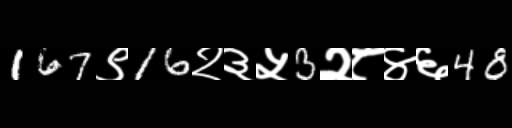
Text: 167९16२३५3२८४६48